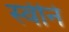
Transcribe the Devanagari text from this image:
स्वीने